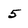
Character: 5